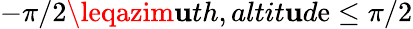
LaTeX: -\pi/2\leqazim\mathbf{u}th,altit\mathbf{u}d\mathrm{e}\leq\pi/2